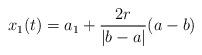
LaTeX: \begin{align*}x_1(t) = a_1 + \frac{2r}{|b-a|}(a-b)\end{align*}